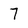
Character: 7